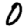
Digit: 0